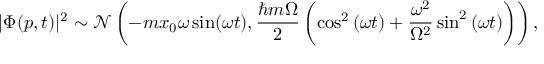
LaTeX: | \Phi ( p , t ) | ^ { 2 } \sim { \mathcal { N } } \left( - m x _ { 0 } \omega \sin ( \omega t ) , { \frac { \hbar m \Omega } { 2 } } \left( \cos ^ { 2 } { ( \omega t ) } + { \frac { \omega ^ { 2 } } { \Omega ^ { 2 } } } \sin ^ { 2 } { ( \omega t ) } \right) \right) ,